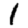
Digit: 1